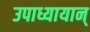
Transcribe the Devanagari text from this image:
उपाध्यायान्‌